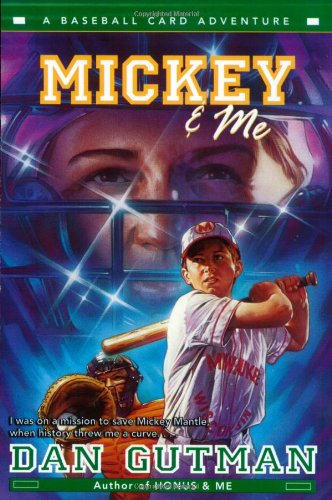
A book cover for Mickey & Me: A Baseball Card Adventure (Baseball Card Adventures); Dan Gutman; Children's Books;